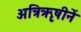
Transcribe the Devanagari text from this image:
अत्रिॠषीनें